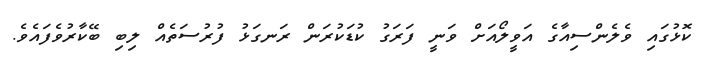
ކޮޅުގައި ވެލެންސިއާގެ އަވީލޯއަށް ވަނީ ފަރަގު ކުޑަކުރަން ރަނގަޅު ފުރުސަތެއް ލިބި ބޭކާރުވެފައެވެ.